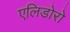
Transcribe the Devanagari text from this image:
एलिडोरो